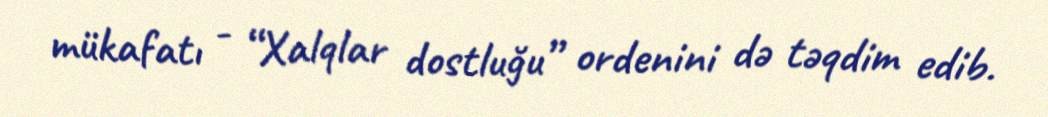
mükafatı - “Xalqlar dostluğu” ordenini də təqdim edib.